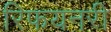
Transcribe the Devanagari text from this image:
रिफयनरी